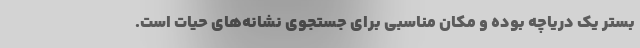
بستر یک دریاچه بوده و مکان مناسبی برای جستجوی نشانه‌های حیات است.